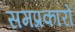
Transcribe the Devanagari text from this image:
समप्रकारों